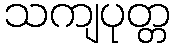
သကျပုတ္တ